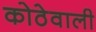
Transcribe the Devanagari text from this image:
कोठेवाली